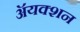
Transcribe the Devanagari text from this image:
ॲयक्शन